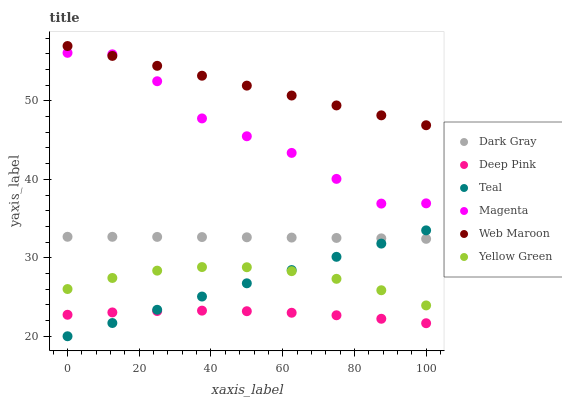
| xaxis_label | Dark Gray | Deep Pink | Teal | Magenta | Web Maroon | Yellow Green |
 | --- | --- | --- | --- | --- | --- | --- |
 | 0 | 32.7 | 22.7 | 20 | 56.1 | 57 | 26 |
 | 12.5 | 32.7 | 23 | 21.7 | 55.9 | 55.7 | 27.4 |
 | 25 | 32.7 | 23.2 | 23.4 | 52.5 | 54.5 | 28.4 |
 | 37.5 | 32.6 | 23.3 | 25.1 | 47.8 | 53.2 | 28.8 |
 | 50 | 32.6 | 23.2 | 26.7 | 45.5 | 52 | 28.8 |
 | 62.5 | 32.6 | 23 | 28.4 | 43.4 | 50.7 | 28.3 |
 | 75 | 32.5 | 22.7 | 30.1 | 40.1 | 49.4 | 27.3 |
 | 87.5 | 32.5 | 22.2 | 31.8 | 36.9 | 48.2 | 25.9 |
 | 100 | 32.4 | 21.7 | 33.5 | 36.9 | 46.9 | 23.9 |